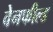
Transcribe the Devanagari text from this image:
वेनफील्ड